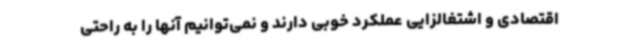
اقتصادی و اشتغالزایی عملکرد خوبی دارند و نمی‌توانیم آنها را به راحتی